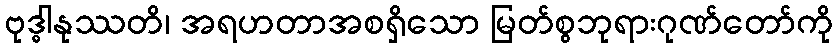
ဗုဒ္ဓါနုဿတိ၊ အရဟတာအစရှိသော မြတ်စွဘုရားဂုဏ်တော်ကို